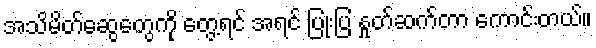
အသိမိတ်ဆွေတွေကို တွေ့ရင် အရင် ပြုံးပြ နှုတ်ဆက်တာ ကောင်းတယ်။